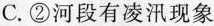
C.②河段有凌汛现象